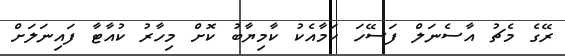
ރޭގެ މެޗު އާސެނަލް ފަސޭހަ ކަމާއެކު ކާމިޔާބު ކޮށް މިހާރު ކުއާޓާ ފައިނަލަށް